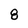
Character: 8